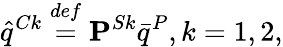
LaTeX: \hat{q}^{Ck}\overset{def}{=}\mathbf{P}^{Sk}\bar{q}^{P},k=1,2,